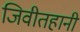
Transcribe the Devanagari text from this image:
जिवीतहानी